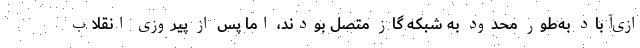
ازی‌آباد به‌طور محدود به شبکه گاز متصل بودند، اما پس از پیروزی انقلاب